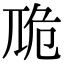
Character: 卼